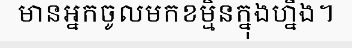
មានអ្នកចូលមកខម្មិនក្នុងហ្នឹង។